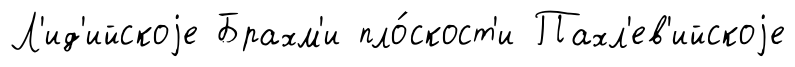
Л'ид'ийскоjе Брахм'и пло́скост'и Пахл'ев'ийскоjе